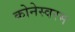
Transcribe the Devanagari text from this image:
कोनेस्वरम